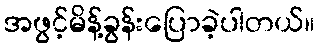
အဖွင့်မိန့်ခွန်းပြောခဲ့ပါတယ်။